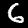
Digit: 6